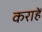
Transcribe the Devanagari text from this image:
कराहें